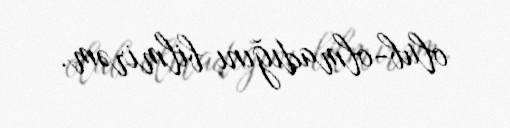
olub-olmadığını bilmirəm.